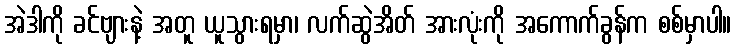
အဲဒါကို ခင်ဗျားနဲ့ အတူ ယူသွားရမှာ၊ လက်ဆွဲအိတ် အားလုံးကို အကောက်ခွန်က စစ်မှာပါ။